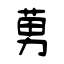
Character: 莮